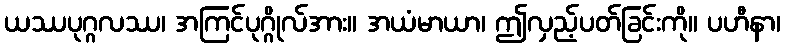
ယဿပုဂ္ဂလဿ၊ အကြင်ပုဂ္ဂိုလ်အား။ အယံမာယာ၊ ဤလှည့်ပတ်ခြင်းကို။ ပဟီနာ၊